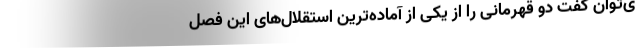
ی‌توان گفت دو قهرمانی را از یکی از آماده‌ترین استقلال‌های این فصل